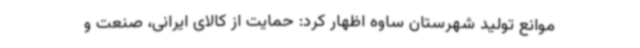
موانع تولید شهرستان ساوه اظهار کرد: حمایت از کالای ایرانی، صنعت و